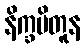
နိက္ခမိတူန